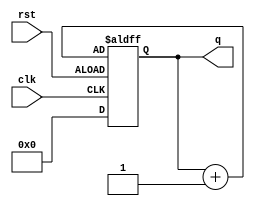
module counter( input clk, rst,
                output reg [3:0] q);
//  integer count = 0;

  always @(posedge clk or negedge rst)
  begin
    if (rst)
      q = 4'b0;
    else
      q = q + 1;
  end
endmodule